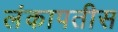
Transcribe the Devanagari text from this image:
लंकापतीस